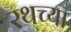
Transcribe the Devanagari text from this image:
रथच्या